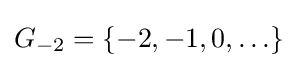
G_{-2}=\{-2,-1,0,\ldots \}